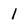
Character: I